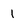
Character: 1